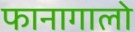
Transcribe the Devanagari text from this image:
फानागालो